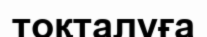
тоқталуға